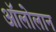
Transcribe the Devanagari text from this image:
अॉलोलान